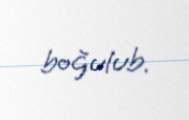
boğulub.